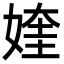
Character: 㛻